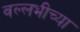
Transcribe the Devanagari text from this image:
वल्लभीच्या